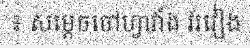
៖ សម្តេចចៅហ្វាវាំង វរវៀង